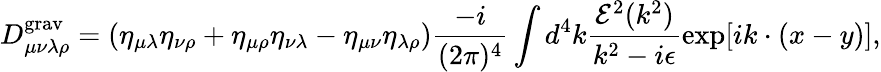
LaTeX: D_{\mu\nu\lambda\rho}^{\mathrm{grav}}=(\eta_{\mu\lambda}\eta_{\nu\rho}+\eta_{\mu\rho}\eta_{\nu\lambda}-\eta_{\mu\nu}\eta_{\lambda\rho})\frac{-i}{(2\pi)^{4}}\int d^{4}k\frac{{\cal E}^{2}(k^{2})}{k^{2}-i\epsilon}\exp[ik\cdot(x-y)],